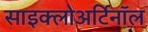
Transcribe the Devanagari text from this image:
साइक्लोअर्टिनॉल